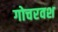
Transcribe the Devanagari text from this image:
गोचरवश